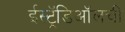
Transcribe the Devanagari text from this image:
ईस्ट्रॅडिऑलची